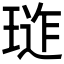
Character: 𭹪